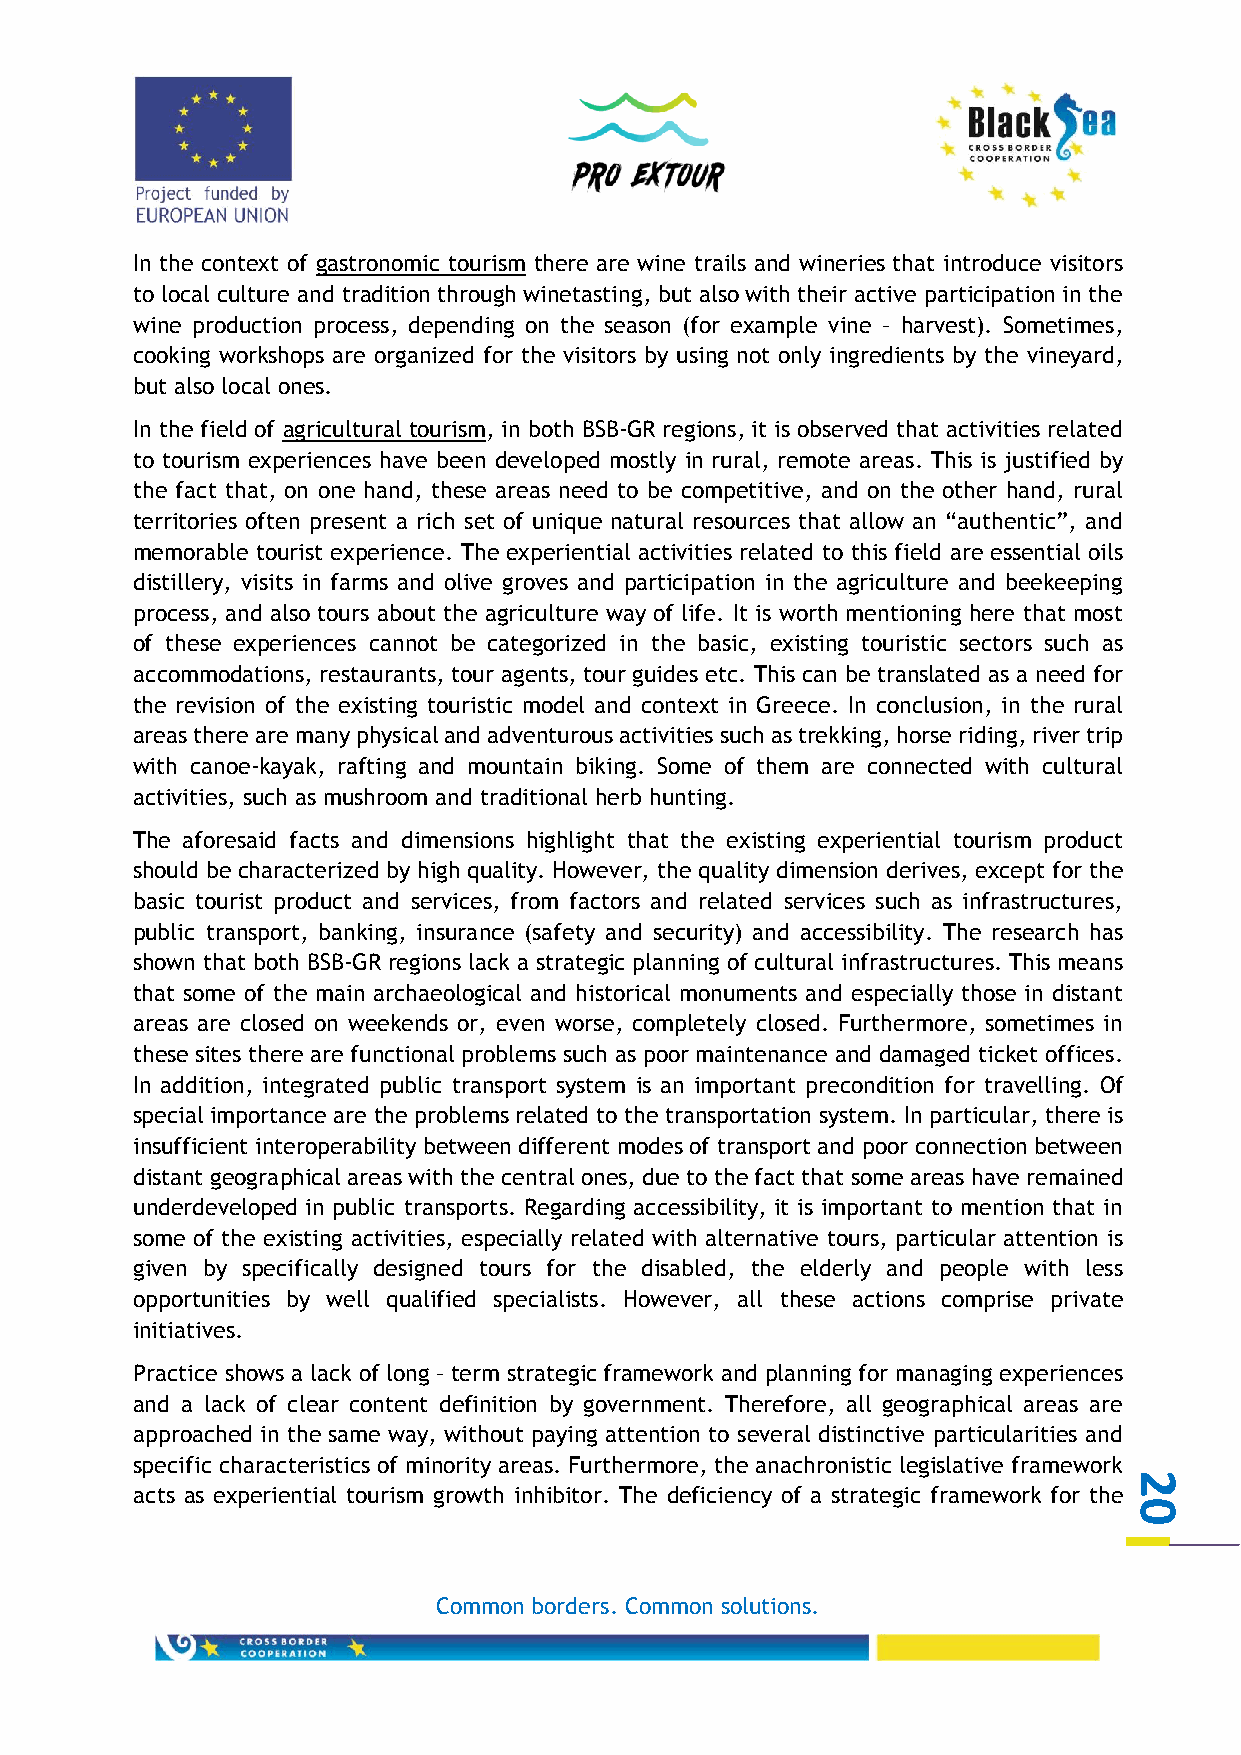
In the context of gastronomic tourism there are wine trails and wineries that introduce visitors
 to local culture and tradition through winetasting, but also with their active participation in the
 wine production process, depending on the season (for example vine – harvest). Sometimes,
 cooking workshops are organized for the visitors by using not only ingredients by the vineyard,
 but also local ones.
 In the field of agricultural tourism, in both BSB-GR regions, it is observed that activities related
 to tourism experiences have been developed mostly in rural, remote areas. This is justified by
 the fact that, on one hand, these areas need to be competitive, and on the other hand, rural
 territories often present a rich set of unique natural resources that allow an “authentic”, and
 memorable tourist experience. The experiential activities related to this field are essential oils
 distillery, visits in farms and olive groves and participation in the agriculture and beekeeping
 process, and also tours about the agriculture way of life. It is worth mentioning here that most
 of these experiences cannot be categorized in the basic, existing touristic sectors such as
 accommodations, restaurants, tour agents, tour guides etc. This can be translated as a need for
 the revision of the existing touristic model and context in Greece. In conclusion, in the rural
 areas there are many physical and adventurous activities such as trekking, horse riding, river trip
 with canoe-kayak, rafting and mountain biking. Some of them are connected with cultural
 activities, such as mushroom and traditional herb hunting.
 The aforesaid facts and dimensions highlight that the existing experiential tourism product
 should be characterized by high quality. However, the quality dimension derives, except for the
 basic tourist product and services, from factors and related services such as infrastructures,
 public transport, banking, insurance (safety and security) and accessibility. The research has
 shown that both BSB-GR regions lack a strategic planning of cultural infrastructures. This means
 that some of the main archaeological and historical monuments and especially those in distant
 areas are closed on weekends or, even worse, completely closed. Furthermore, sometimes in
 these sites there are functional problems such as poor maintenance and damaged ticket offices.
 In addition, integrated public transport system is an important precondition for travelling. Of
 special importance are the problems related to the transportation system. In particular, there is
 insufficient interoperability between different modes of transport and poor connection between
 distant geographical areas with the central ones, due to the fact that some areas have remained
 underdeveloped in public transports. Regarding accessibility, it is important to mention that in
 some of the existing activities, especially related with alternative tours, particular attention is
 given by specifically designed tours for the disabled, the elderly and people with less
 opportunities by well qualified specialists. However, all these actions comprise private
 initiatives.
 Practice shows a lack of long – term strategic framework and planning for managing experiences
 and a lack of clear content definition by government. Therefore, all geographical areas are
 approached in the same way, without paying attention to several distinctive particularities and
 specific characteristics of minority areas. Furthermore, the anachronistic legislative framework
 2
 acts as experiential tourism growth inhibitor. The deficiency of a strategic framework for the
 0
 Common borders. Common solutions.